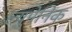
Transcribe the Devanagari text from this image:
ल्युमेनिक